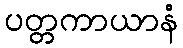
ပတ္တကာယာနံ